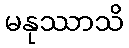
မနုဿာသိ